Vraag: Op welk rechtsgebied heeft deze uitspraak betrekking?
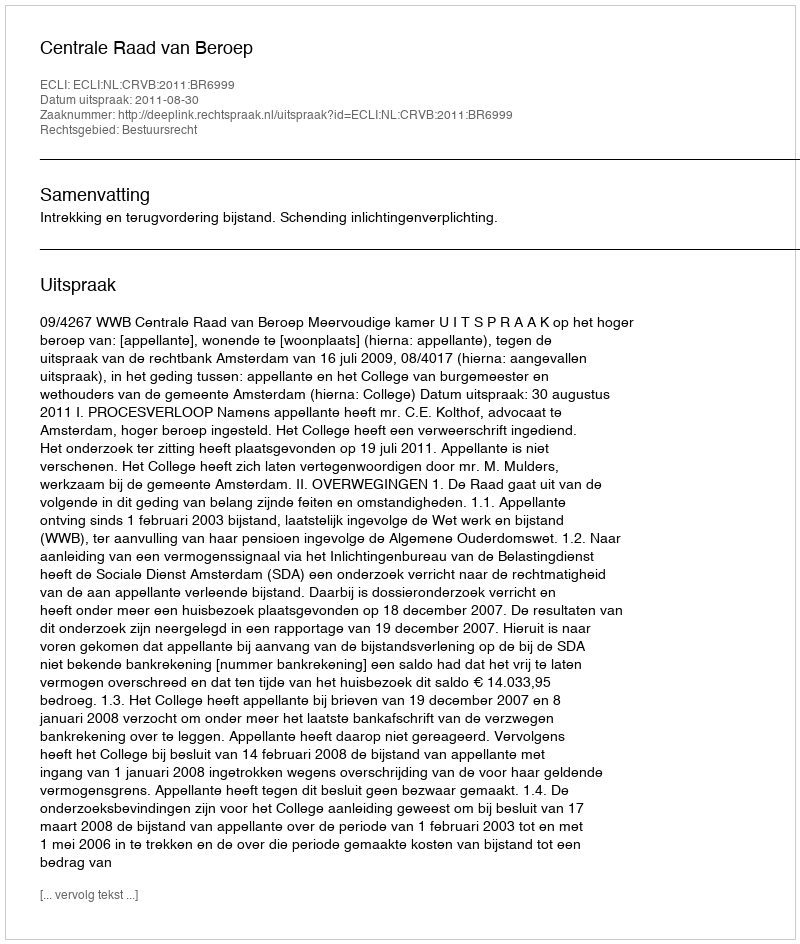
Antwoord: Bestuursrecht